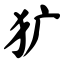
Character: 犷